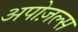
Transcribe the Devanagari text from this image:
अपोज़ल्स